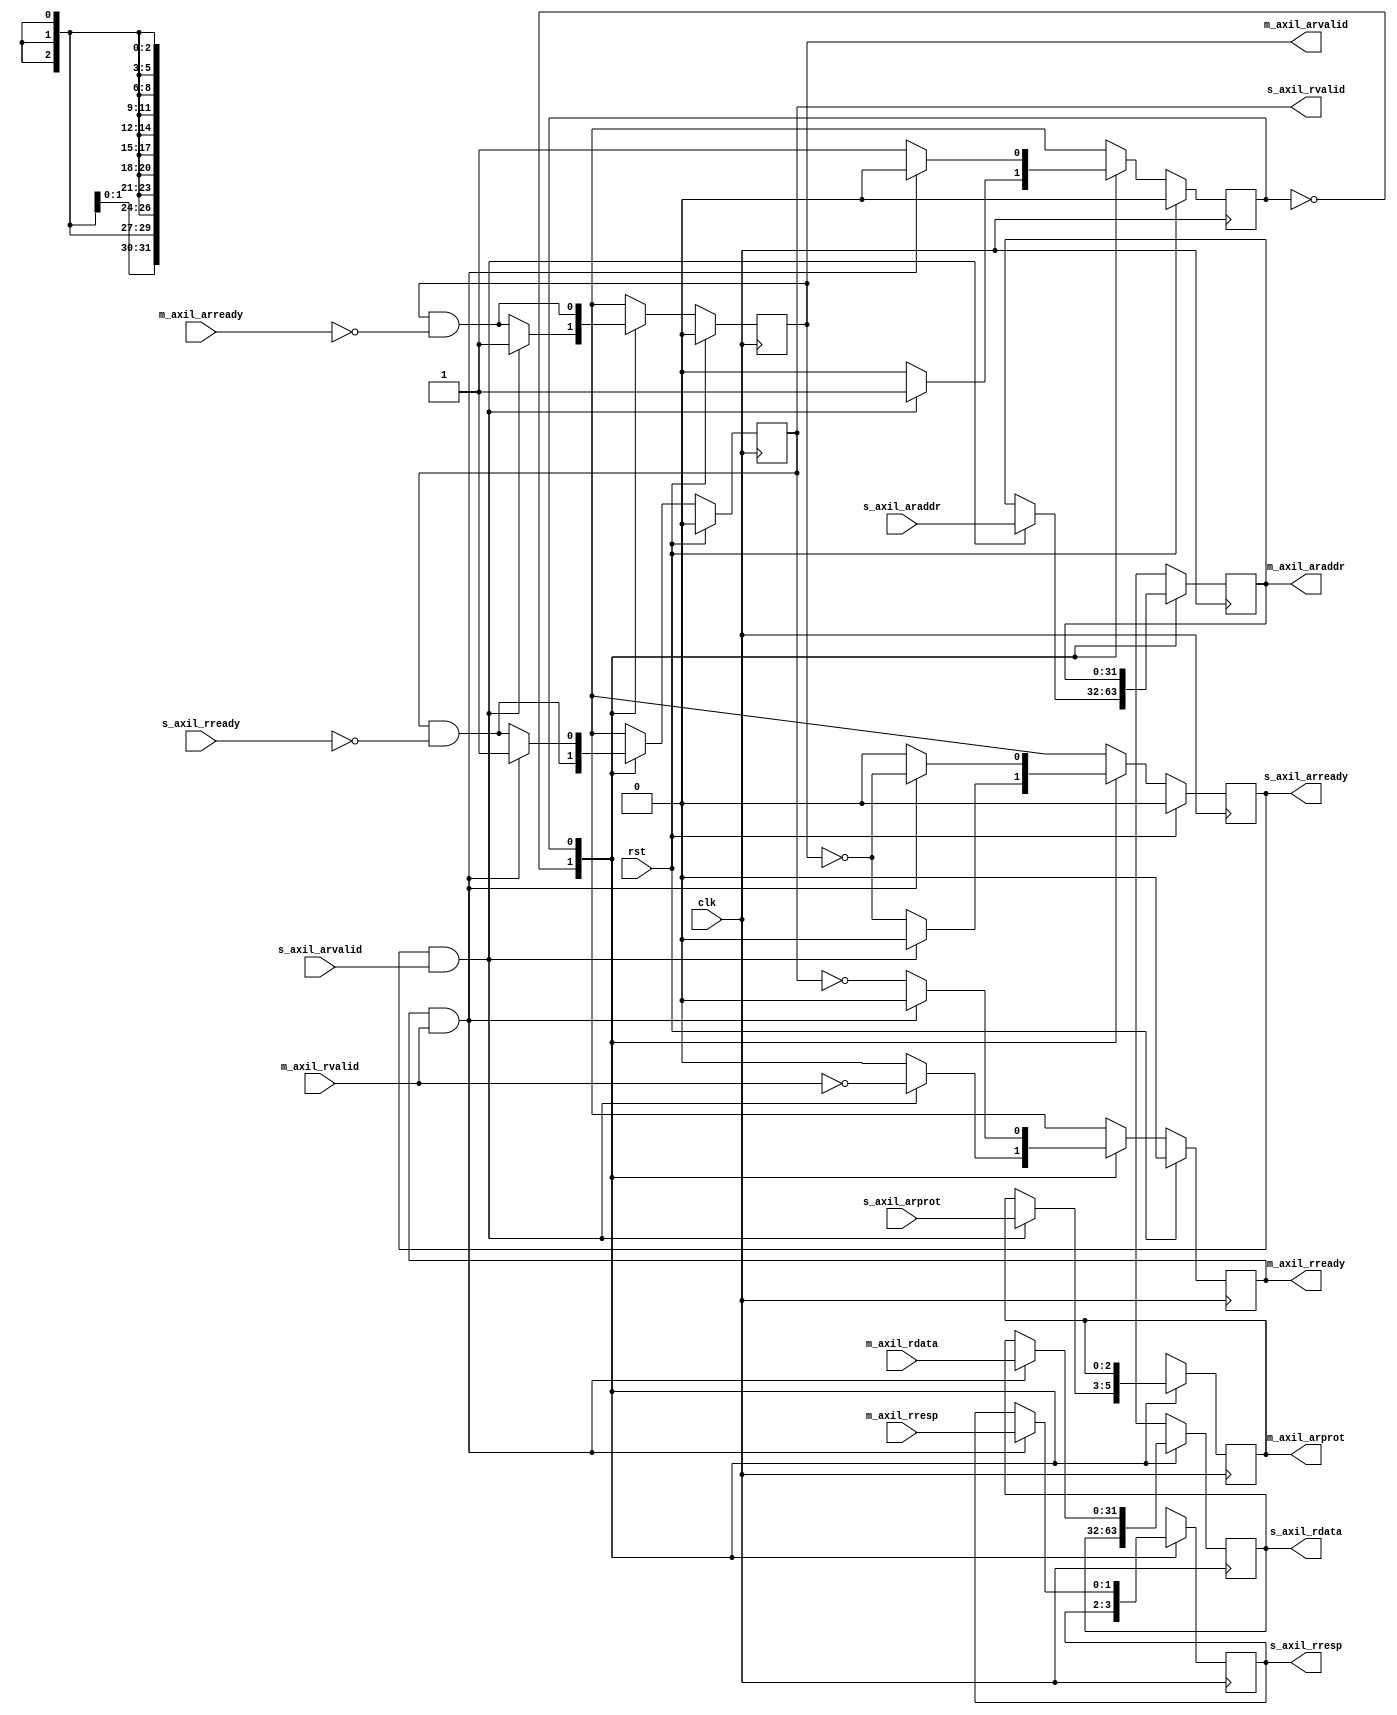
/*

Copyright (c) 2018 Alex Forencich

Permission is hereby granted, free of charge, to any person obtaining a copy
of this software and associated documentation files (the "Software"), to deal
in the Software without restriction, including without limitation the rights
to use, copy, modify, merge, publish, distribute, sublicense, and/or sell
copies of the Software, and to permit persons to whom the Software is
furnished to do so, subject to the following conditions:

The above copyright notice and this permission notice shall be included in
all copies or substantial portions of the Software.

THE SOFTWARE IS PROVIDED "AS IS", WITHOUT WARRANTY OF ANY KIND, EXPRESS OR
IMPLIED, INCLUDING BUT NOT LIMITED TO THE WARRANTIES OF MERCHANTABILITY
FITNESS FOR A PARTICULAR PURPOSE AND NONINFRINGEMENT. IN NO EVENT SHALL THE
AUTHORS OR COPYRIGHT HOLDERS BE LIABLE FOR ANY CLAIM, DAMAGES OR OTHER
LIABILITY, WHETHER IN AN ACTION OF CONTRACT, TORT OR OTHERWISE, ARISING FROM,
OUT OF OR IN CONNECTION WITH THE SOFTWARE OR THE USE OR OTHER DEALINGS IN
THE SOFTWARE.

*/

// Language: Verilog 2001

`resetall
`timescale 1ns / 1ps
`default_nettype none

/*
 * AXI4 lite width adapter (read)
 */
module axil_adapter_rd #
(
    // Width of address bus in bits
    parameter ADDR_WIDTH = 32,
    // Width of input (slave) interface data bus in bits
    parameter S_DATA_WIDTH = 32,
    // Width of input (slave) interface wstrb (width of data bus in words)
    parameter S_STRB_WIDTH = (S_DATA_WIDTH/8),
    // Width of output (master) interface data bus in bits
    parameter M_DATA_WIDTH = 32,
    // Width of output (master) interface wstrb (width of data bus in words)
    parameter M_STRB_WIDTH = (M_DATA_WIDTH/8)
)
(
    input  wire                     clk,
    input  wire                     rst,

    /*
     * AXI lite slave interface
     */
    input  wire [ADDR_WIDTH-1:0]    s_axil_araddr,
    input  wire [2:0]               s_axil_arprot,
    input  wire                     s_axil_arvalid,
    output wire                     s_axil_arready,
    output wire [S_DATA_WIDTH-1:0]  s_axil_rdata,
    output wire [1:0]               s_axil_rresp,
    output wire                     s_axil_rvalid,
    input  wire                     s_axil_rready,

    /*
     * AXI lite master interface
     */
    output wire [ADDR_WIDTH-1:0]    m_axil_araddr,
    output wire [2:0]               m_axil_arprot,
    output wire                     m_axil_arvalid,
    input  wire                     m_axil_arready,
    input  wire [M_DATA_WIDTH-1:0]  m_axil_rdata,
    input  wire [1:0]               m_axil_rresp,
    input  wire                     m_axil_rvalid,
    output wire                     m_axil_rready
);

parameter S_ADDR_BIT_OFFSET = $clog2(S_STRB_WIDTH);
parameter M_ADDR_BIT_OFFSET = $clog2(M_STRB_WIDTH);
parameter S_WORD_WIDTH = S_STRB_WIDTH;
parameter M_WORD_WIDTH = M_STRB_WIDTH;
parameter S_WORD_SIZE = S_DATA_WIDTH/S_WORD_WIDTH;
parameter M_WORD_SIZE = M_DATA_WIDTH/M_WORD_WIDTH;

// output bus is wider
parameter EXPAND = M_STRB_WIDTH > S_STRB_WIDTH;
parameter DATA_WIDTH = EXPAND ? M_DATA_WIDTH : S_DATA_WIDTH;
parameter STRB_WIDTH = EXPAND ? M_STRB_WIDTH : S_STRB_WIDTH;
// required number of segments in wider bus
parameter SEGMENT_COUNT = EXPAND ? (M_STRB_WIDTH / S_STRB_WIDTH) : (S_STRB_WIDTH / M_STRB_WIDTH);
parameter SEGMENT_COUNT_WIDTH = SEGMENT_COUNT == 1 ? 1 : $clog2(SEGMENT_COUNT);
// data width and keep width per segment
parameter SEGMENT_DATA_WIDTH = DATA_WIDTH / SEGMENT_COUNT;
parameter SEGMENT_STRB_WIDTH = STRB_WIDTH / SEGMENT_COUNT;

// bus width assertions
initial begin
    if (S_WORD_SIZE * S_STRB_WIDTH != S_DATA_WIDTH) begin
        $error("Error: AXI slave interface data width not evenly divisble (instance %m)");
        $finish;
    end

    if (M_WORD_SIZE * M_STRB_WIDTH != M_DATA_WIDTH) begin
        $error("Error: AXI master interface data width not evenly divisble (instance %m)");
        $finish;
    end

    if (S_WORD_SIZE != M_WORD_SIZE) begin
        $error("Error: word size mismatch (instance %m)");
        $finish;
    end

    if (2**$clog2(S_WORD_WIDTH) != S_WORD_WIDTH) begin
        $error("Error: AXI slave interface word width must be even power of two (instance %m)");
        $finish;
    end

    if (2**$clog2(M_WORD_WIDTH) != M_WORD_WIDTH) begin
        $error("Error: AXI master interface word width must be even power of two (instance %m)");
        $finish;
    end
end

localparam [0:0]
    STATE_IDLE = 1'd0,
    STATE_DATA = 1'd1;

reg [0:0] state_reg = STATE_IDLE, state_next;

reg [SEGMENT_COUNT_WIDTH-1:0] current_segment_reg = 0, current_segment_next;

reg s_axil_arready_reg = 1'b0, s_axil_arready_next;
reg [S_DATA_WIDTH-1:0] s_axil_rdata_reg = {S_DATA_WIDTH{1'b0}}, s_axil_rdata_next;
reg [1:0] s_axil_rresp_reg = 2'd0, s_axil_rresp_next;
reg s_axil_rvalid_reg = 1'b0, s_axil_rvalid_next;

reg [ADDR_WIDTH-1:0] m_axil_araddr_reg = {ADDR_WIDTH{1'b0}}, m_axil_araddr_next;
reg [2:0] m_axil_arprot_reg = 3'd0, m_axil_arprot_next;
reg m_axil_arvalid_reg = 1'b0, m_axil_arvalid_next;
reg m_axil_rready_reg = 1'b0, m_axil_rready_next;

assign s_axil_arready = s_axil_arready_reg;
assign s_axil_rdata = s_axil_rdata_reg;
assign s_axil_rresp = s_axil_rresp_reg;
assign s_axil_rvalid = s_axil_rvalid_reg;

assign m_axil_araddr = m_axil_araddr_reg;
assign m_axil_arprot = m_axil_arprot_reg;
assign m_axil_arvalid = m_axil_arvalid_reg;
assign m_axil_rready = m_axil_rready_reg;

always @* begin
    state_next = STATE_IDLE;

    current_segment_next = current_segment_reg;

    s_axil_arready_next = 1'b0;
    s_axil_rdata_next = s_axil_rdata_reg;
    s_axil_rresp_next = s_axil_rresp_reg;
    s_axil_rvalid_next = s_axil_rvalid_reg && !s_axil_rready;
    m_axil_araddr_next = m_axil_araddr_reg;
    m_axil_arprot_next = m_axil_arprot_reg;
    m_axil_arvalid_next = m_axil_arvalid_reg && !m_axil_arready;
    m_axil_rready_next = 1'b0;

    if (SEGMENT_COUNT == 1 || EXPAND) begin
        // master output is same width or wider; single cycle direct transfer
        case (state_reg)
            STATE_IDLE: begin
                s_axil_arready_next = !m_axil_arvalid;

                if (s_axil_arready && s_axil_arvalid) begin
                    s_axil_arready_next = 1'b0;
                    m_axil_araddr_next = s_axil_araddr;
                    m_axil_arprot_next = s_axil_arprot;
                    m_axil_arvalid_next = 1'b1;
                    m_axil_rready_next = !m_axil_rvalid;
                    state_next = STATE_DATA;
                end else begin
                    state_next = STATE_IDLE;
                end
            end
            STATE_DATA: begin
                m_axil_rready_next = !s_axil_rvalid;

                if (m_axil_rready && m_axil_rvalid) begin
                    m_axil_rready_next = 1'b0;
                    if (M_WORD_WIDTH == S_WORD_WIDTH) begin
                        s_axil_rdata_next = m_axil_rdata;
                    end else begin
                        s_axil_rdata_next = m_axil_rdata >> (m_axil_araddr_reg[M_ADDR_BIT_OFFSET - 1:S_ADDR_BIT_OFFSET] * S_DATA_WIDTH);
                    end
                    s_axil_rresp_next = m_axil_rresp;
                    s_axil_rvalid_next = 1'b1;
                    s_axil_arready_next = !m_axil_arvalid;
                    state_next = STATE_IDLE;
                end else begin
                    state_next = STATE_DATA;
                end
            end
        endcase
    end else begin
        // master output is narrower; may need several cycles
        case (state_reg)
            STATE_IDLE: begin
                s_axil_arready_next = !m_axil_arvalid;

                current_segment_next = 0;
                s_axil_rresp_next = 2'd0;

                if (s_axil_arready && s_axil_arvalid) begin
                    s_axil_arready_next = 1'b0;
                    m_axil_araddr_next = s_axil_araddr & ({ADDR_WIDTH{1'b1}} << S_ADDR_BIT_OFFSET);
                    m_axil_arprot_next = s_axil_arprot;
                    m_axil_arvalid_next = 1'b1;
                    m_axil_rready_next = !m_axil_rvalid;
                    state_next = STATE_DATA;
                end else begin
                    state_next = STATE_IDLE;
                end
            end
            STATE_DATA: begin
                m_axil_rready_next = !s_axil_rvalid;

                if (m_axil_rready && m_axil_rvalid) begin
                    m_axil_rready_next = 1'b0;
                    s_axil_rdata_next[current_segment_reg*SEGMENT_DATA_WIDTH +: SEGMENT_DATA_WIDTH] = m_axil_rdata;
                    if (m_axil_rresp) begin
                        s_axil_rresp_next = m_axil_rresp;
                    end
                    if (current_segment_reg == SEGMENT_COUNT-1) begin
                        s_axil_rvalid_next = 1'b1;
                        s_axil_arready_next = !m_axil_arvalid;
                        state_next = STATE_IDLE;
                    end else begin
                        current_segment_next = current_segment_reg + 1;
                        m_axil_araddr_next = m_axil_araddr_reg + SEGMENT_STRB_WIDTH;
                        m_axil_arvalid_next = 1'b1;
                        state_next = STATE_DATA;
                    end
                end else begin
                    state_next = STATE_DATA;
                end
            end
        endcase
    end
end

always @(posedge clk) begin
    state_reg <= state_next;

    current_segment_reg <= current_segment_next;

    s_axil_arready_reg <= s_axil_arready_next;
    s_axil_rdata_reg <= s_axil_rdata_next;
    s_axil_rresp_reg <= s_axil_rresp_next;
    s_axil_rvalid_reg <= s_axil_rvalid_next;

    m_axil_araddr_reg <= m_axil_araddr_next;
    m_axil_arprot_reg <= m_axil_arprot_next;
    m_axil_arvalid_reg <= m_axil_arvalid_next;
    m_axil_rready_reg <= m_axil_rready_next;

    if (rst) begin
        state_reg <= STATE_IDLE;

        s_axil_arready_reg <= 1'b0;
        s_axil_rvalid_reg <= 1'b0;

        m_axil_arvalid_reg <= 1'b0;
        m_axil_rready_reg <= 1'b0;
    end
end

endmodule

`resetall